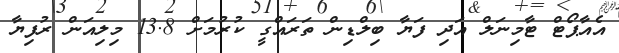
އެއާޕޯޓް ޓާމިނަލް އަދި ފަޔާ ބިލްޑިން ތަރައްގީ ކުރުމަށް 13.8 މިލިއަން ރުފިޔާ